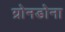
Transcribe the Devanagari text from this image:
ग्रोनडोना